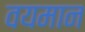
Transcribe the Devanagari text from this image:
वयमान